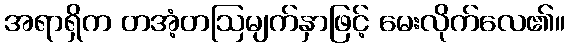
အရာရှိက တအံ့တဩမျက်နှာဖြင့် မေးလိုက်လေ၏။